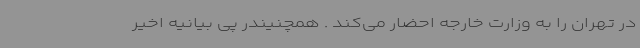
در تهران را به وزارت خارجه احضار می‌کند . همچنیندر پی بیانیه اخیر